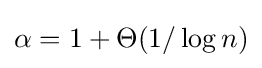
\alpha =1+\Theta (1/\log n)